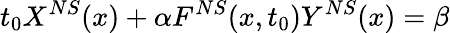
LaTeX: t_{0}X^{NS}(x)+\alpha F^{NS}(x,t_{0})Y^{NS}(x)=\beta